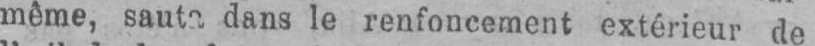
même, saut“, dans le renfoncement extérieur de